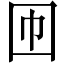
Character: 𡆫